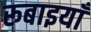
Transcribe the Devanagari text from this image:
रूबाइयाँ